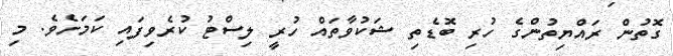
ގޮތުން ރައްޔިތުންގެ ހުރި ބޮޑެތި ޝަކުވާތައް ހުރީ ލިސްޓު ކުރެވިފައި ކަމަށެވެ. މި